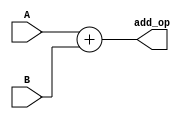
`timescale 1ns / 1ps

module alu_add(A,B,add_op);
input [31:0]A;
input [31:0]B;
output [31:0]add_op;
assign add_op=A+B;
endmodule